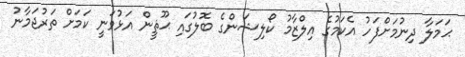
ޙަމަލާ ދިނުމަށްފަހު އެކަމުގެ އިލްޒާމު ކޯލިޝަންގެ ބޮލުގައި ޙޫޘީން އަޅުވަނީ ކަމަށް ތަރުޖަމާނު